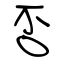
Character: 否